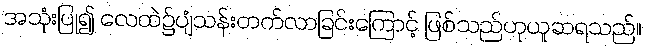
အသုံးပြု၍ လေထဲ၌ပျံသန်းတက်လာခြင်းကြောင့် ဖြစ်သည်ဟုယူဆရသည်။